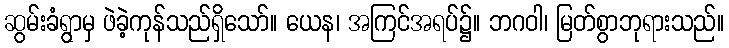
ဆွမ်းခံရွာမှ ဖဲခဲ့ကုန်သည်ရှိသော်။ ယေန၊ အကြင်အရပ်၌။ ဘဂဝါ၊ မြတ်စွာဘုရားသည်။